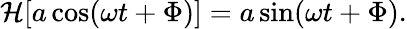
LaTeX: \mathcal{H}[a\cos(\omega t+\Phi)]=a\sin(\omega t+\Phi).